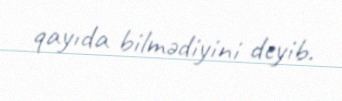
qayıda bilmədiyini deyib.